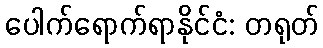
ပေါက်ရောက်ရာနိုင်ငံ: တရုတ်